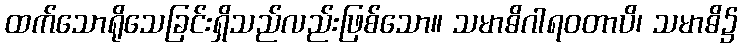
ထက်သောရိုသေခြင်းရှိသည်လည်းဖြစ်သော။ သမာဓိဂါရဝတာပိ၊ သမာဓိ၌